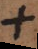
+